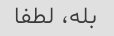
بله، لطفا